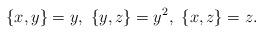
LaTeX: \begin{align*}\{x,y\}=y,\ \{y,z\}=y^2,\ \{x,z\}=z.\end{align*}